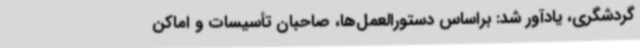
گردشگری، یادآور شد: براساس دستورالعمل‌ها، صاحبان تأسیسات و اماکن